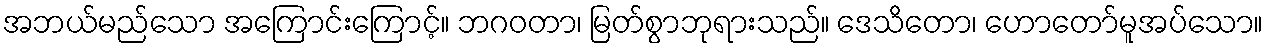
အဘယ်မည်သော အကြောင်းကြောင့်။ ဘဂဝတာ၊ မြတ်စွာဘုရားသည်။ ဒေသိတော၊ ဟောတော်မူအပ်သော။